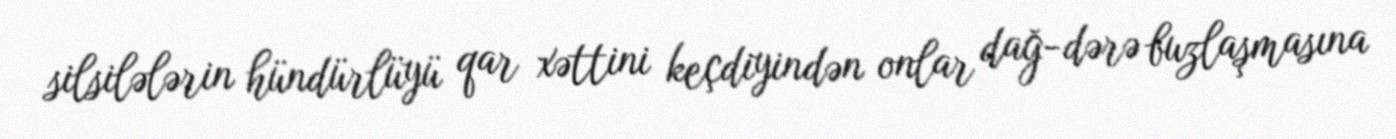
silsilələrin hündürlüyü qar xəttini keçdiyindən onlar dağ-dərə buzlaşmasına